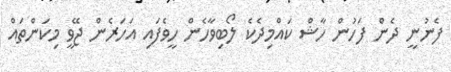
ފެނުނީ ދެން ފަހުން ހާޝް ކައްމިދެކެ ލޯބިވާހެން ހީވެފައި އަހަރެން ޖޭވީ މިކަންތައް